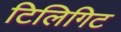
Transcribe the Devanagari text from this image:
टिलिगिट